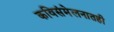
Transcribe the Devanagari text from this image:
कविसंमेलनातही